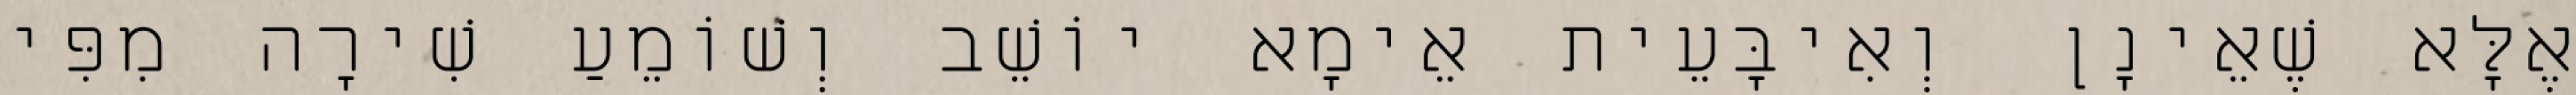
אֶלָּא שֶׁאֵינָן וְאִיבָּעֵית אֵימָא יוֹשֵׁב וְשׁוֹמֵעַ שִׁירָה מִפִּי